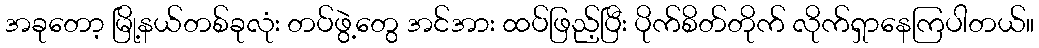
အခုတော့ မြို့နယ်တစ်ခုလုံး တပ်ဖွဲ့တွေ အင်အား ထပ်ဖြည့်ပြီး ပိုက်စိတ်တိုက် လိုက်ရှာနေကြပါတယ်။